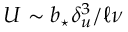
U \sim \ensuremath { b _ { \star } } \delta _ { u } ^ { 3 } / \ell \nu